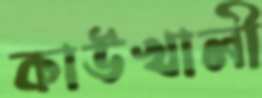
কাউখালী